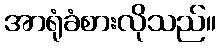
အာရုံခံစားလိုသည်။